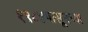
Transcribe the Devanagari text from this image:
१९८४पासूनच्या